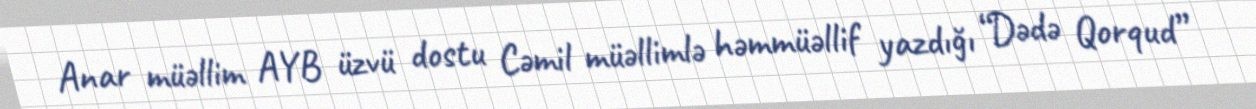
Anar müəllim AYB üzvü dostu Cəmil müəllimlə həmmüəllif yazdığı “Dədə Qorqud”